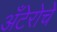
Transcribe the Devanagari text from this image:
अँटेरोचे